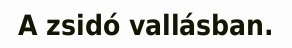
A zsidó vallásban.